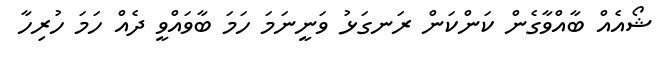
ޝޯއެއް ބާއްވާގެން ކަންކަން ރަނގަޅު ވަނީނަމަ ހަމަ ބާވައްވީ ދެއް ހަމަ ހުރިހާ